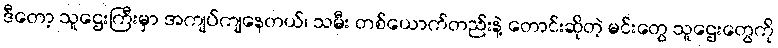
ဒီတော့ သူဌေးကြီးမှာ အကျပ်ကျနေတယ်၊ သမီး တစ်ယောက်တည်းနဲ့ တောင်းဆိုတဲ့ မင်းတွေ သူဌေးတွေကို